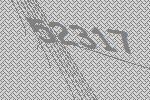
52317